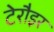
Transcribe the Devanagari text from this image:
टेरौइर